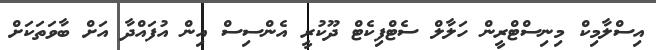
އިސްލާމިކް މިނިސްޓްރީން ހަލާލް ސެޓްފިކެޓް ދޫކުރީ އެންސިސް އިން އުފައްދާ އަށް ބާވަތަކަށް